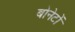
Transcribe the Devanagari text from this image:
बोनेटों